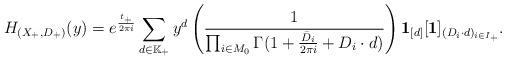
LaTeX: \begin{align*}H_{(X_+,D_+)}(y)=e^{\frac{t_+}{2\pi i}}\sum_{d\in\mathbb K_{+}}y^d\left(\frac{1}{\prod_{i\in M_0}\Gamma (1+\frac{\bar D_i}{2\pi i}+D_i\cdot d)}\right)\textbf{1}_{[d]}[\textbf{1}]_{(D_i\cdot d)_{i\in I_+}}.\end{align*}